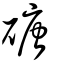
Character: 磄